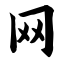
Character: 网